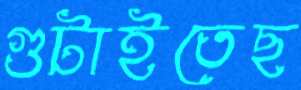
গুটাইতেছ